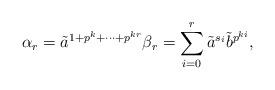
LaTeX: \begin{align*} \alpha_r={\tilde a}^{1+p^k+\cdots+p^{kr}} \beta_r=\sum_{i=0}^r {\tilde a}^{s_i} {\tilde b}^{p^{ki}}, \end{align*}